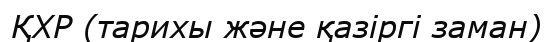
ҚХР (тарихы және қазіргі заман)